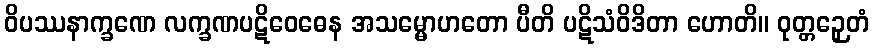
ဝိပဿနာက္ခဏေ လက္ခဏပဋိဝေဓေန အသမ္မောဟတော ပီတိ ပဋိသံဝိဒိတာ ဟောတိ။ ဝုတ္တဉှေတံ